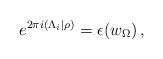
LaTeX: \begin{align*} e^{ 2\pi i (\Lambda_i|\rho)} = \epsilon(w_\Omega) \,,\end{align*}